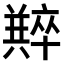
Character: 𠧆